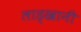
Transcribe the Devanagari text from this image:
लाड्खानी